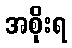
အစိုးရ